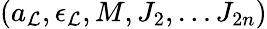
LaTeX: (a_{\cal L},\epsilon_{\cal L},M,J_{2},\dots J_{2n})